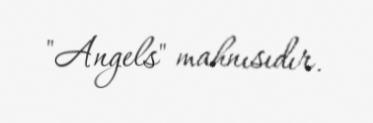
"Angels" mahnısıdır.